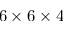
6 \times 6 \times 4